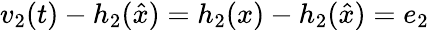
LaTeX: v_{2}(t)-h_{2}({\hat{x}})=h_{2}(x)-h_{2}({\hat{x}})=e_{2}